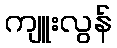
ကျူးလွန်